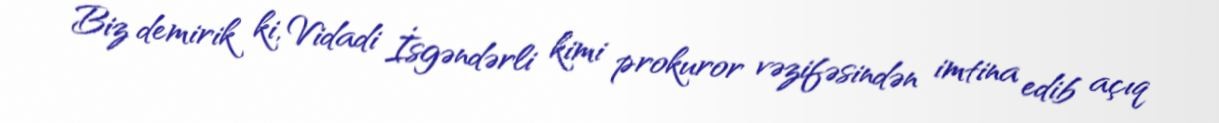
Biz demirik ki, Vidadi İsgəndərli kimi prokuror vəzifəsindən imtina edib açıq